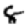
Digit: 8